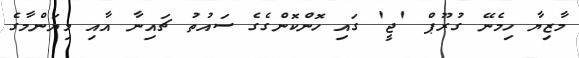
މާޒިޔާ ހިމެނޭ ގުރޫޕް 'ޖީ' ގައި ހޮންކޮންގެގެ ސައުތު ޗައިނާ އާއި މިޔަންމާގެ